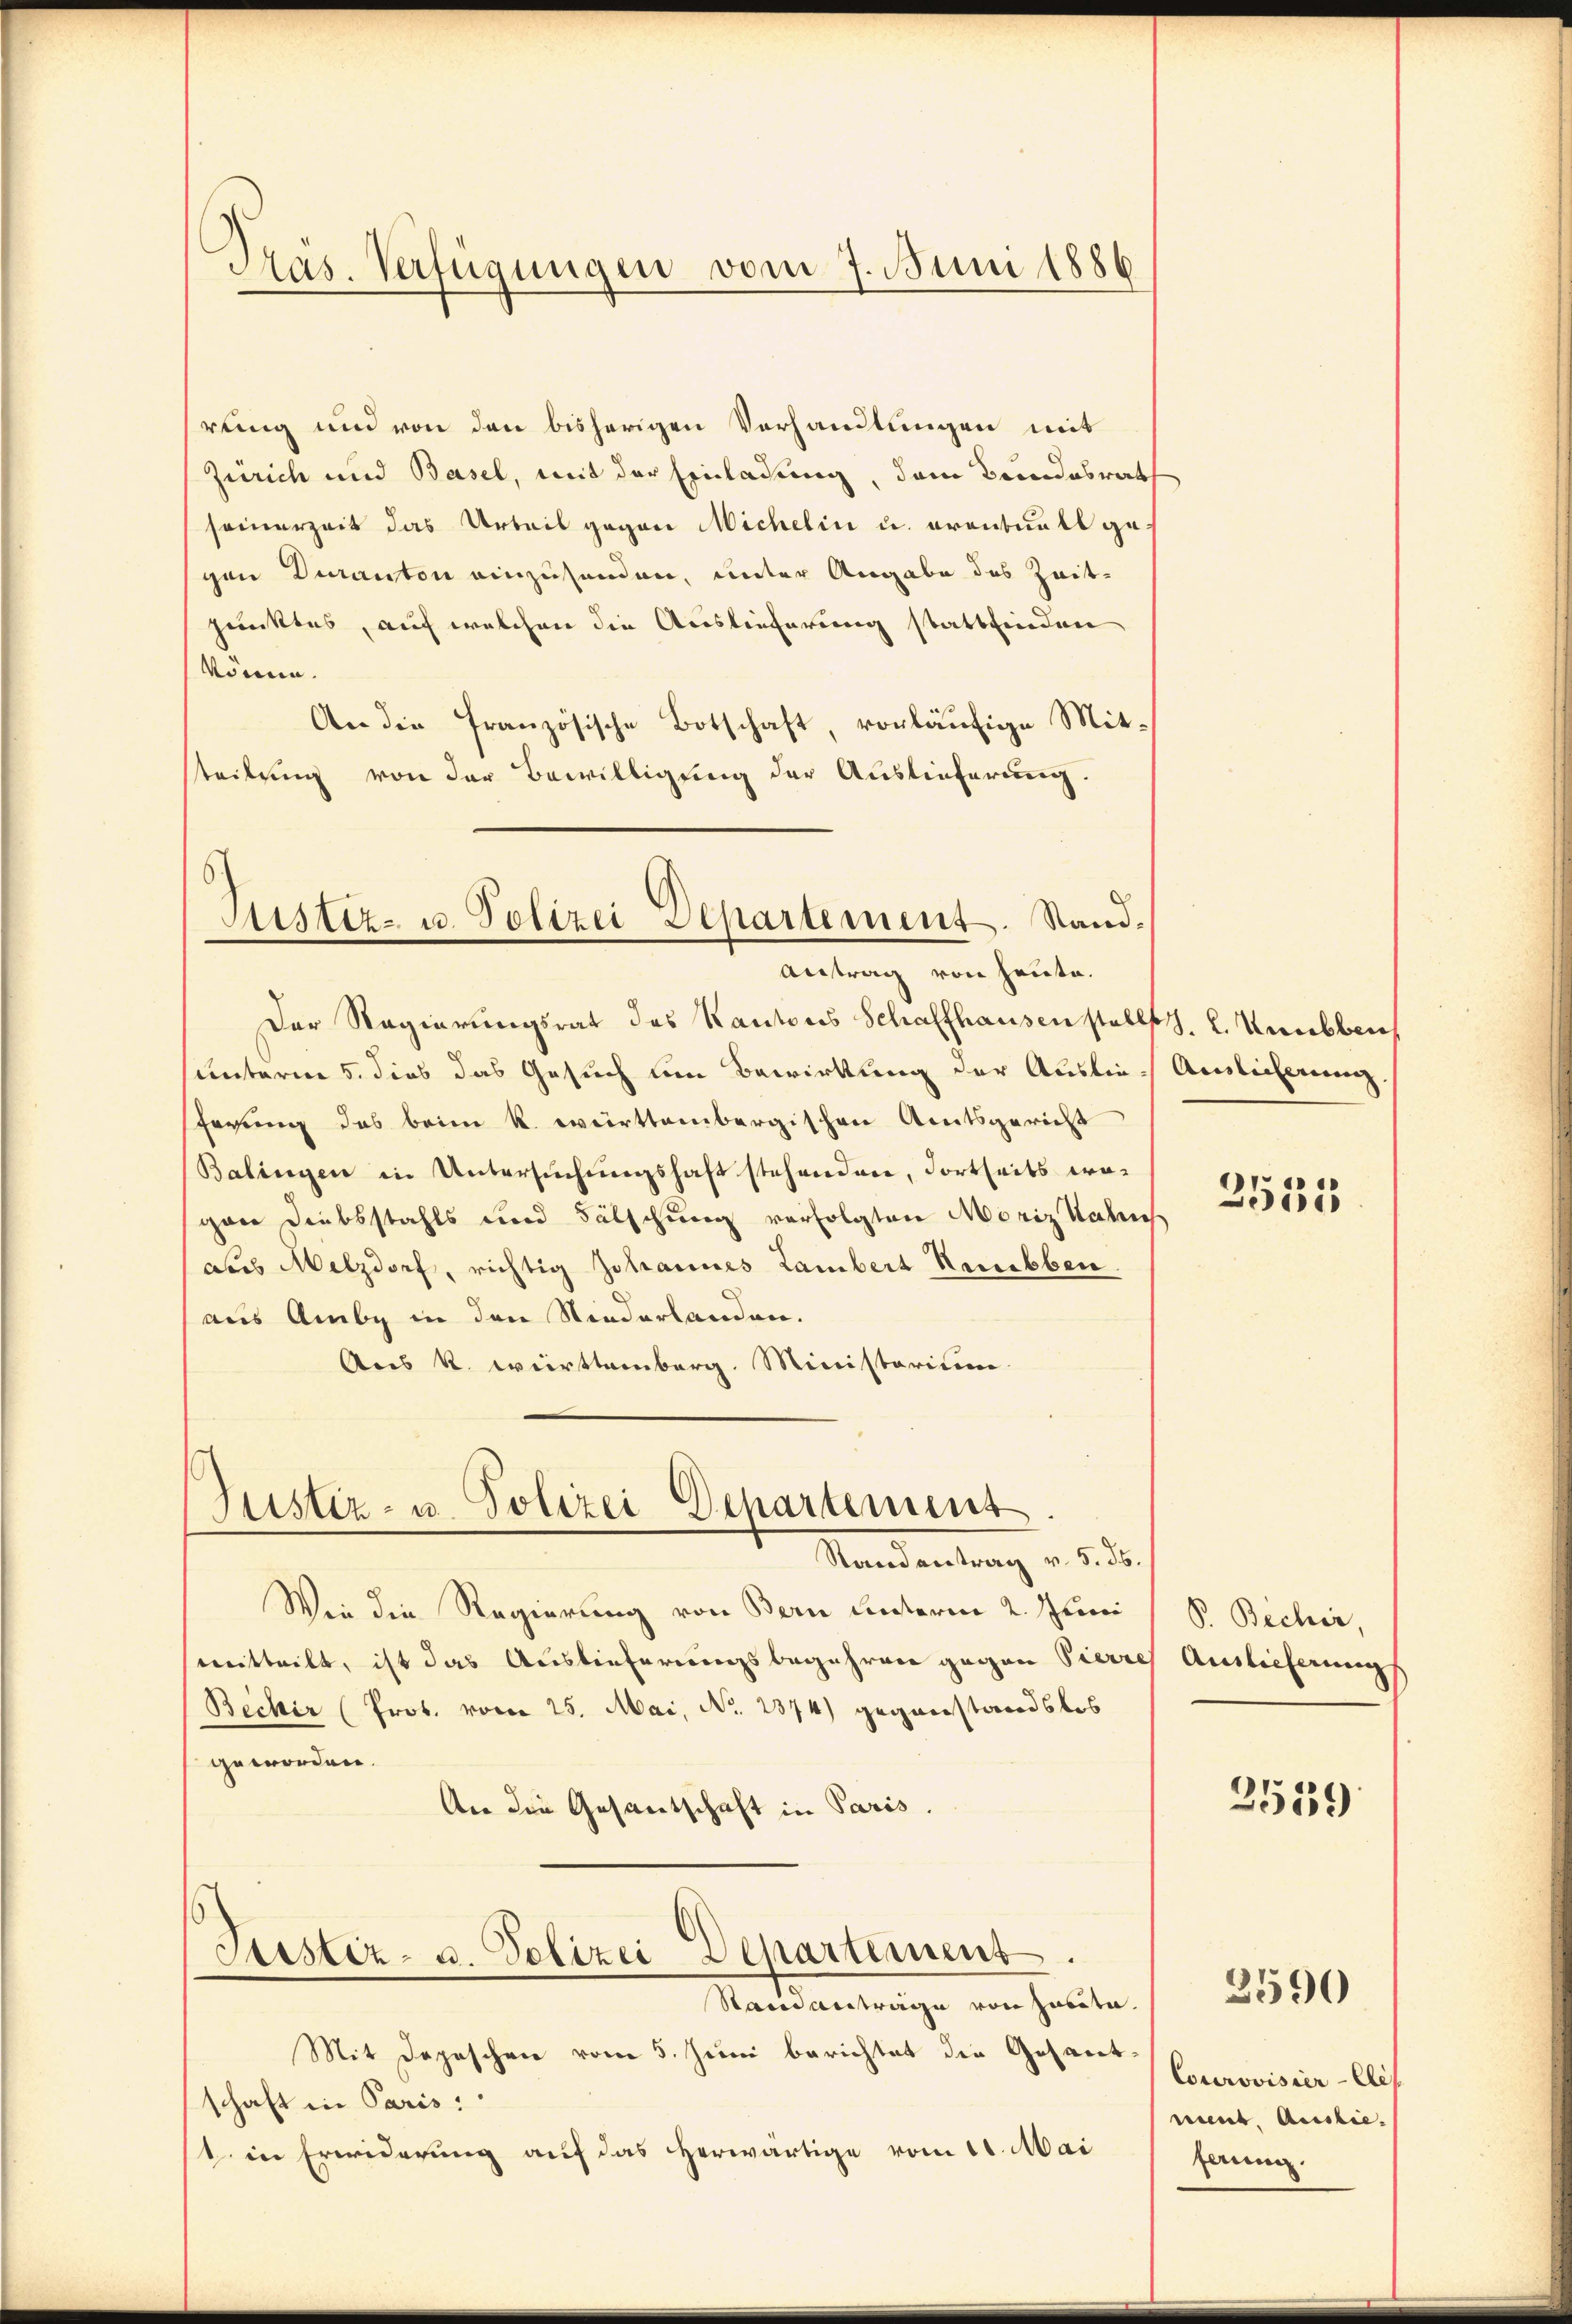
Präs. Verfügungen vom 7. Juni 1886

rung und von den bisherigen Verhandlungen mit
Zürich und Basel, mit der Einladung, dem Beindesrath
seinerzeit das Urteil gegen Michelin u. eventuell gegon Duranton einzuhanden, unter Angabe des Zeit-
punktes, auf welchen die Auslieferung stattfinden
könne.
An die französische Botschaft, vorläufige Mit-
steilung von der Bewilligung der Auslieferung.
Justiz- u. Polizei Departement. Stand¬
Antrag von heute.
Der Regierungsrat des Kantons Schaffhausen stellt. L. Knubber
unterne 5. dies das Gesuch um Bewirkung der Auslie Auslieferung.
ferung des beim k. württembergischen Amtsgericht
Balingen in Untersuchungshaft stehenden, dortseits wogan Diebstahls und Fälschung verfolgten Moriz Nahru
aus Melzdorf, richtig Johannes Lambert Heuebben
aus Amby in den Niederlanden.
Aus K. Württemberg. Ministerium

Justiz- u. Polizei Departement
Randantrag v. 5. 56.

Wie die Regierung von Bern unterm 2. Juni
mitteilt, ist das Auslieferungsbegehren gegen Pierres Auslieferungs
Becher (Prot. vom 25. Mai, No. 1874) gegenstandslos
geworden.
An die Gesantschaft in Paris.
Justiz- u. Polizei Departement.
Stain anträge von Zabita.
Mit Depeschen vom 5. Juni berichtet die Gesandschaft in Paris.
1. in Erwiderung auf das herwärtige vom 11. Mai

)
951

P. Bicher,

2559

Courovisier-Ele
nint. Auslie
ferung.

3590